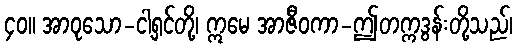
၄၀။ အာဝုသော-ငါ့ရှင်တို့၊ ဣမေ အာဇီဝကာ-ဤတက္ကဒွန်းတို့သည်၊